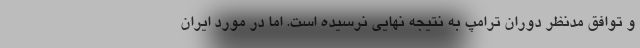
و توافق مدنظر دوران ترامپ به نتیجه نهایی نرسیده است. اما در مورد ایران